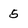
Character: 5